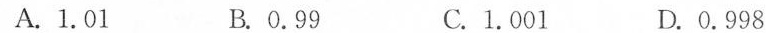
A.1.01 B.0.99 C.1.001 D.0.998